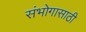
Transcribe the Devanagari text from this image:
संभोगासाठी